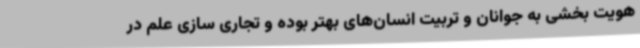
هویت بخشی به جوانان و تربیت انسان‌های بهتر بوده و تجاری سازی علم در